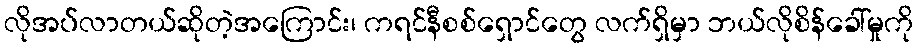
လိုအပ်လာတယ်ဆိုတဲ့အကြောင်း၊ ကရင်နီစစ်ရှောင်တွေ လက်ရှိမှာ ဘယ်လိုစိန်ခေါ်မှုကို